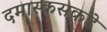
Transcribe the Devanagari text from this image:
दमास्कसकडे